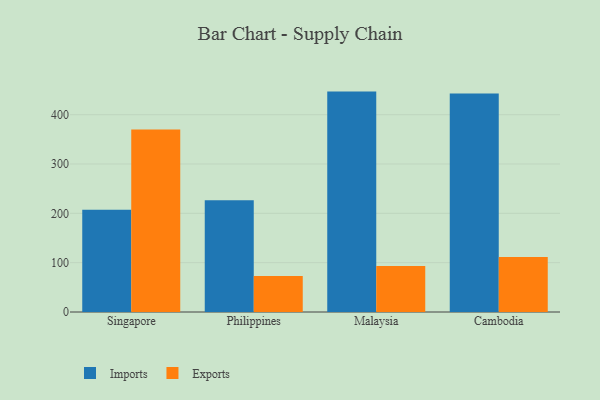
{"axis": {"x": "Country", "y": "Bounce Rate (%)"}, "legend": ["Exports", "Imports"], "data": [{"x": "Singapore", "y": 207.4, "type": "Imports"}, {"x": "Singapore", "y": 369.8, "type": "Exports"}, {"x": "Philippines", "y": 226.7, "type": "Imports"}, {"x": "Philippines", "y": 72.9, "type": "Exports"}, {"x": "Malaysia", "y": 446.8, "type": "Imports"}, {"x": "Malaysia", "y": 93.4, "type": "Exports"}, {"x": "Cambodia", "y": 442.9, "type": "Imports"}, {"x": "Cambodia", "y": 111.3, "type": "Exports"}]}